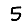
Digit: 5